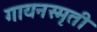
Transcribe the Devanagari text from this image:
गायनस्मृती